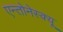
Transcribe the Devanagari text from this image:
एन्तोनेस्क्यू